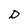
Character: D